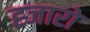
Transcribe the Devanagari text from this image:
ह्जारो